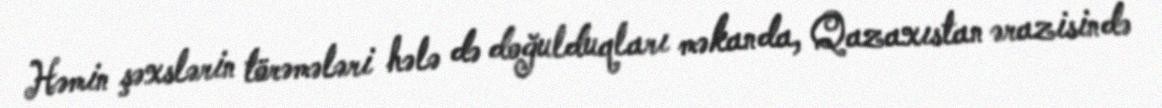
Həmin şəxslərin törəmələri hələ də doğulduqları məkanda, Qazaxıstan ərazisində